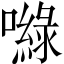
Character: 𡂎